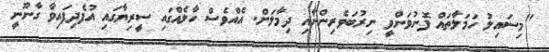
"މިސައިލު ހަމަލާތައް ފޮނުވަންވީ ނިރުބަވެރިންނާއި ދިމާލަށް. އެއްވެސް ހާލެއްގައި ސީރިޔާގައި އުފެދިފައިވާ ގާނޫނީ